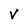
Character: V